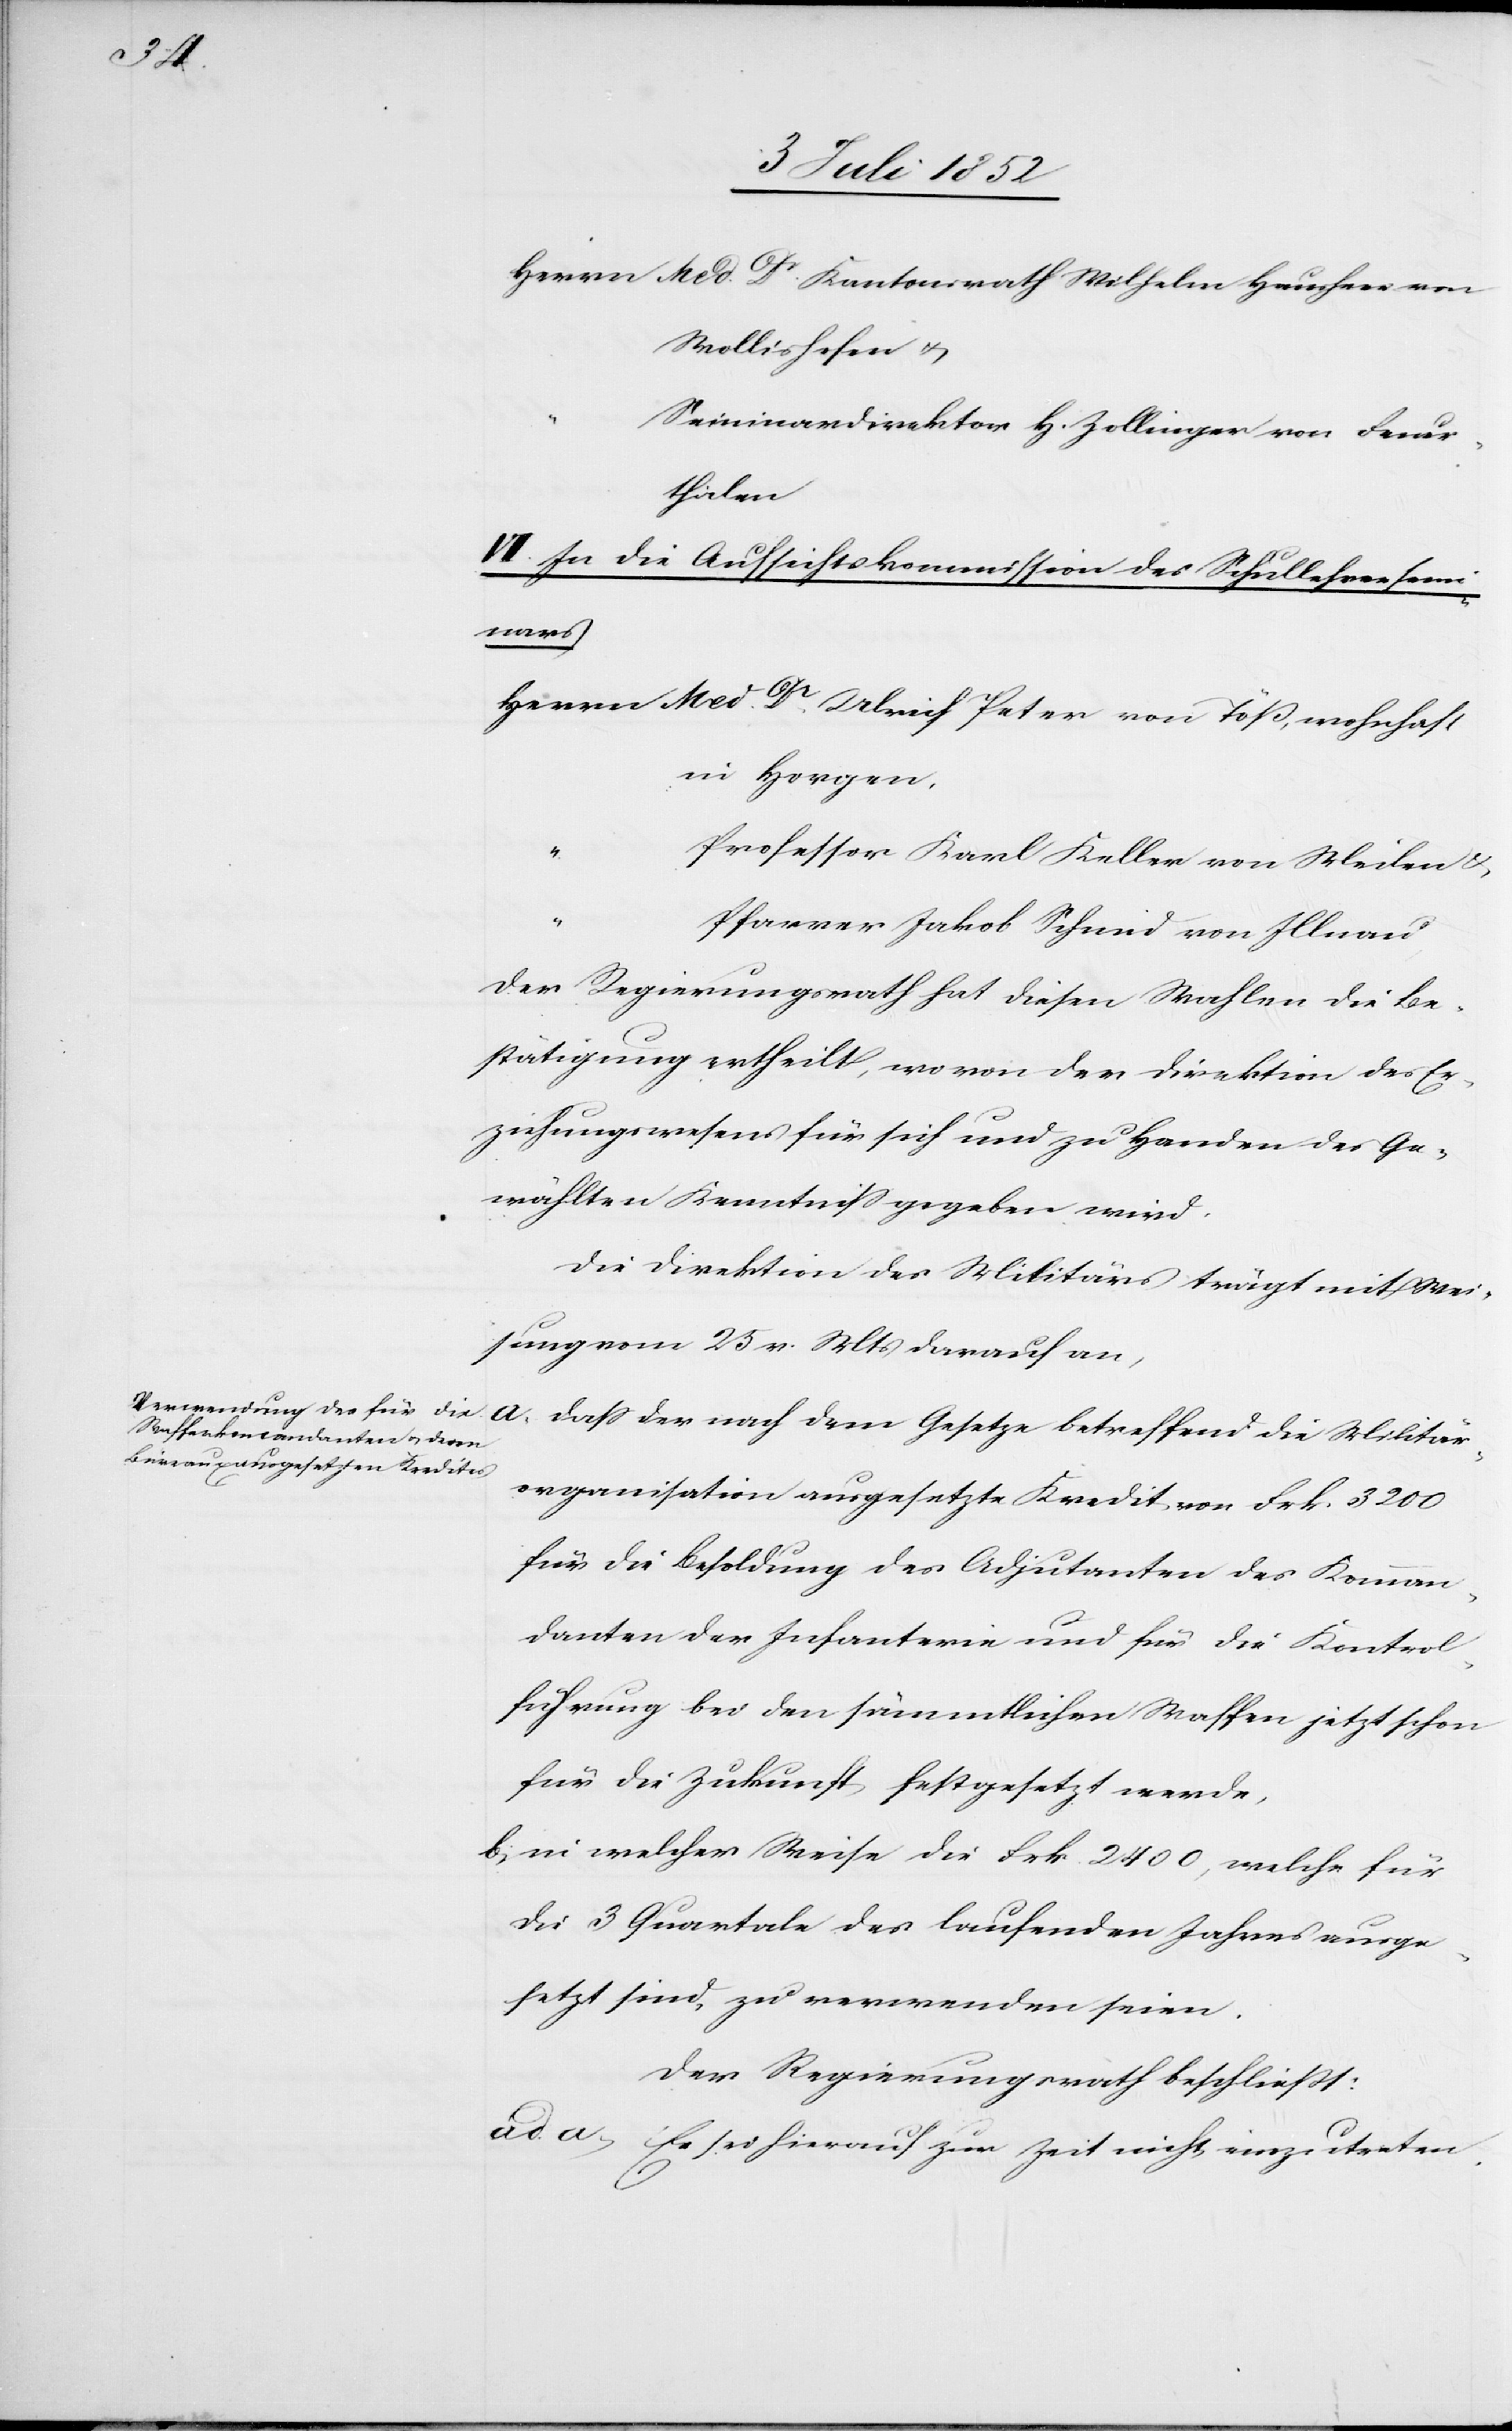
Herrn Med. Dr. Kantonsrath Wilhelm Hausheer von
Wollishofen &
Seminardirektor H. Zollinger von Feuer¬
thalen
VII. In die Aufsichtskommission des Schullehrersemi¬
nars
Herrn Med. Dr. Ulrich Peter von Töß, wohnhaft
in Horgen,
Professor Karl Keller von Meilen &
Pfarrer Jakob Schmid von Illnau
Der Regierungsrath hat diesen Wahlen die Be¬
stätigung ertheilt, wovon der Direktion des Er¬
ziehungswesens für sich und zu Handen der Ge¬
wählten Kenntniss gegeben wird.
Die Direktion des Militärs trägt mit Wei¬
sung vom 25 v. Mts darauf an,
dass der nach dem Gesetze betreffend die Militär¬
organisation ausgesetzte Kredit von Frk. 3200
für die Besoldung des Adjutanten des Komman¬
danten der Infanterie und für die Kontrol¬
führung bei den sämmtlichen Waffen jetzt schon
für die Zukunft festgesetzt werde,
in welcher Weise die Frk. 2400, welche für
die 3 Quartale des laufenden Jahres ausge¬
setzt sind, zu verwenden seien.
Der Regierungsrath beschließt:
ad. a, Es sei hierauf zur Zeit nicht einzutreten